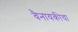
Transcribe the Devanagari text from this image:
वैनायकीचा